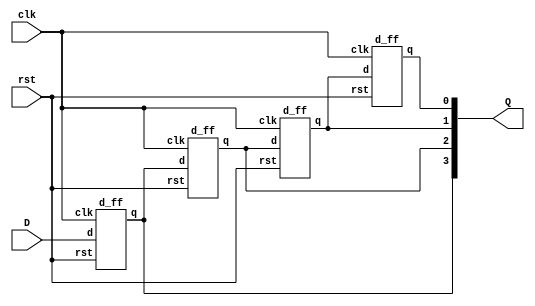
module sipo(input clk,D,rst,output [3:0]Q);
d_ff DFF1(clk,D,rst,Q[3]);
d_ff DFF2(clk,Q[3],rst,Q[2]);
d_ff DFF3(clk,Q[2],rst,Q[1]);
d_ff DFF4(clk,Q[1],rst,Q[0]);
endmodule

module d_ff(input clk,d,rst, output reg q);
always@(negedge clk) begin
if(rst)
q<=1'b0;
else
q<=d;
end
endmodule